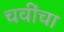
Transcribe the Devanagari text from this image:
चवींचा